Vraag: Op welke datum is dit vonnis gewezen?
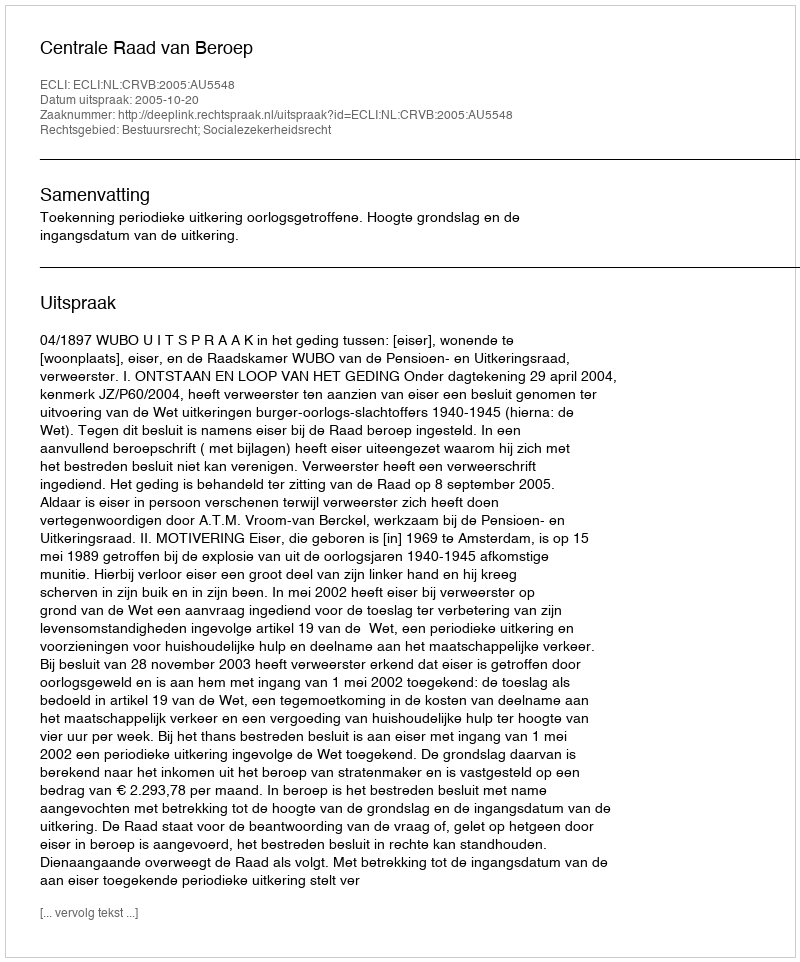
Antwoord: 2005-10-20